Mental hospitals Bombay report 1929-33 - 1929-1933
Year: 1929
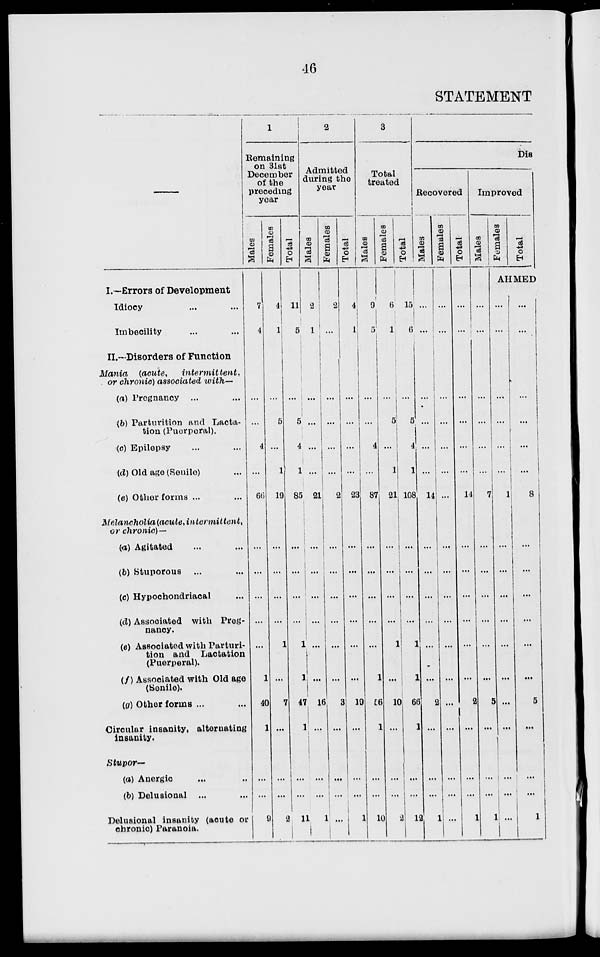
46
STATEMENT
I.—Errors of Development
Idiocy ... ...
Imbecility ... ...
II.—Disorders of Function
Mania
(acute.
intermittent,
or chronic) associated with—
(a) Pregnancy ... ...
(b) Parturition and Lacta-
tion (Puerperal).
(c) Epilepsy ... ...
(d) Old age (Senile) ...
(e) Other forms ...
Melancholia (acute, intermittent,
or chronic)—
(a) Agitated ... ...
(b) Stuporous ... ...
(c) Hypochondriacal ...
(d) Associated with Preg-
nancy.
(e) Associated with Parturi-
tion and Lactation
(Puerperal).
(f) Associated with Old age
(Senile).
(g) Other forms ... ...
Circular insanity, alternating
insanity.
Stupor—
(a) Anergic ... ...
(b) Delusional ... ...
Delusional insanity (acute or
chronic) Paranoia.
1
Remaining
on 31st
December
of the
preceding
year
Males
7
4
...
...
4
...
66
...
...
...
...
...
1
40
1
...
...
9
Females
4
1
...
5
...
1
19
...
...
...
...
1
...
7
...
...
...
2
Total
11
5
...
5
4
1
85
...
...
...
...
1
1
47
1
...
...
11
2
Admitted
during the
year
Males
2
1
...
...
...
21
...
... ...
...
...
...
16
...
...
...
1
Females
2
1
...
...
...
...
2
...
...
...
...
...
...
3
...
...
...
...
Total
4
1
...
...
...
...
23
...
...
...
...
...
... 19
...
...
... 1
3
Total
treated
Males
9
5
...
...
4
...
87
...
...
...
...
...
1
16
1
...
... 10
Females
6
1
... 5
...
1
21
...
...
...
...
1
...
10
...
...
...
2
Total
15
6
...
5
4
1
108
...
...
...
...
1
1
66
1
...
... 12
Dis
Recovered
Males
...
...
...
...
...
...
14
...
...
...
...
...
...
2
...
...
...
12
Females
...
...
...
...
...
...
...
...
...
...
...
...
...
...
...
...
...
1
Total
...
...
...
...
...
...
14
...
...
...
...
...
...
2
...
...
...
...
Improved
Males
...
...
...
...
...
...
7
...
...
...
...
...
...
5
...
...
...
1
Females
Total
AHMED
... ...
...
... ...
...
1
...
...
...
...
...
...
...
...
...
...
1
...
...
...
...
...
...
8
...
...
...
...
...
...
5
...
...
... 1